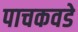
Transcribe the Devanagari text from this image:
पाचकवडे